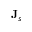
\mathbf { J } _ { s }